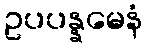
ဥပပန္နမေနံ